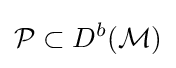
{\mathcal {P}}\subset D^{b}({\mathcal {M}})